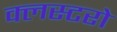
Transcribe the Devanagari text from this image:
क्लस्टरो